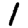
Digit: 1